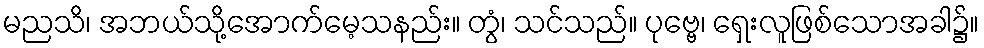
မညသိ၊ အဘယ်သို့အောက်မေ့သနည်း။ တွံ၊ သင်သည်။ ပုဗ္ဗေ၊ ရှေးလူဖြစ်သောအခါ၌။